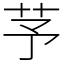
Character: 芧